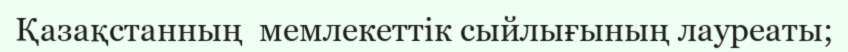
Қазақстанның  мемлекеттік сыйлығының лауреаты;